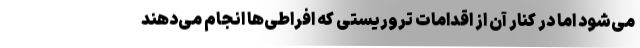
می‌شود اما در کنار آن از اقدامات تروریستی که افراطی‌ها انجام می‌دهند